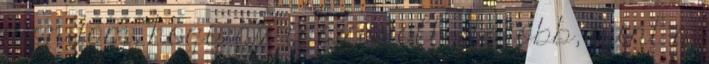
mondom, hogy az igazi volt, de jobb, mint a